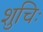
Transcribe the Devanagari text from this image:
शुचिः